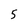
Character: 5